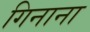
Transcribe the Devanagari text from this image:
गिनाना